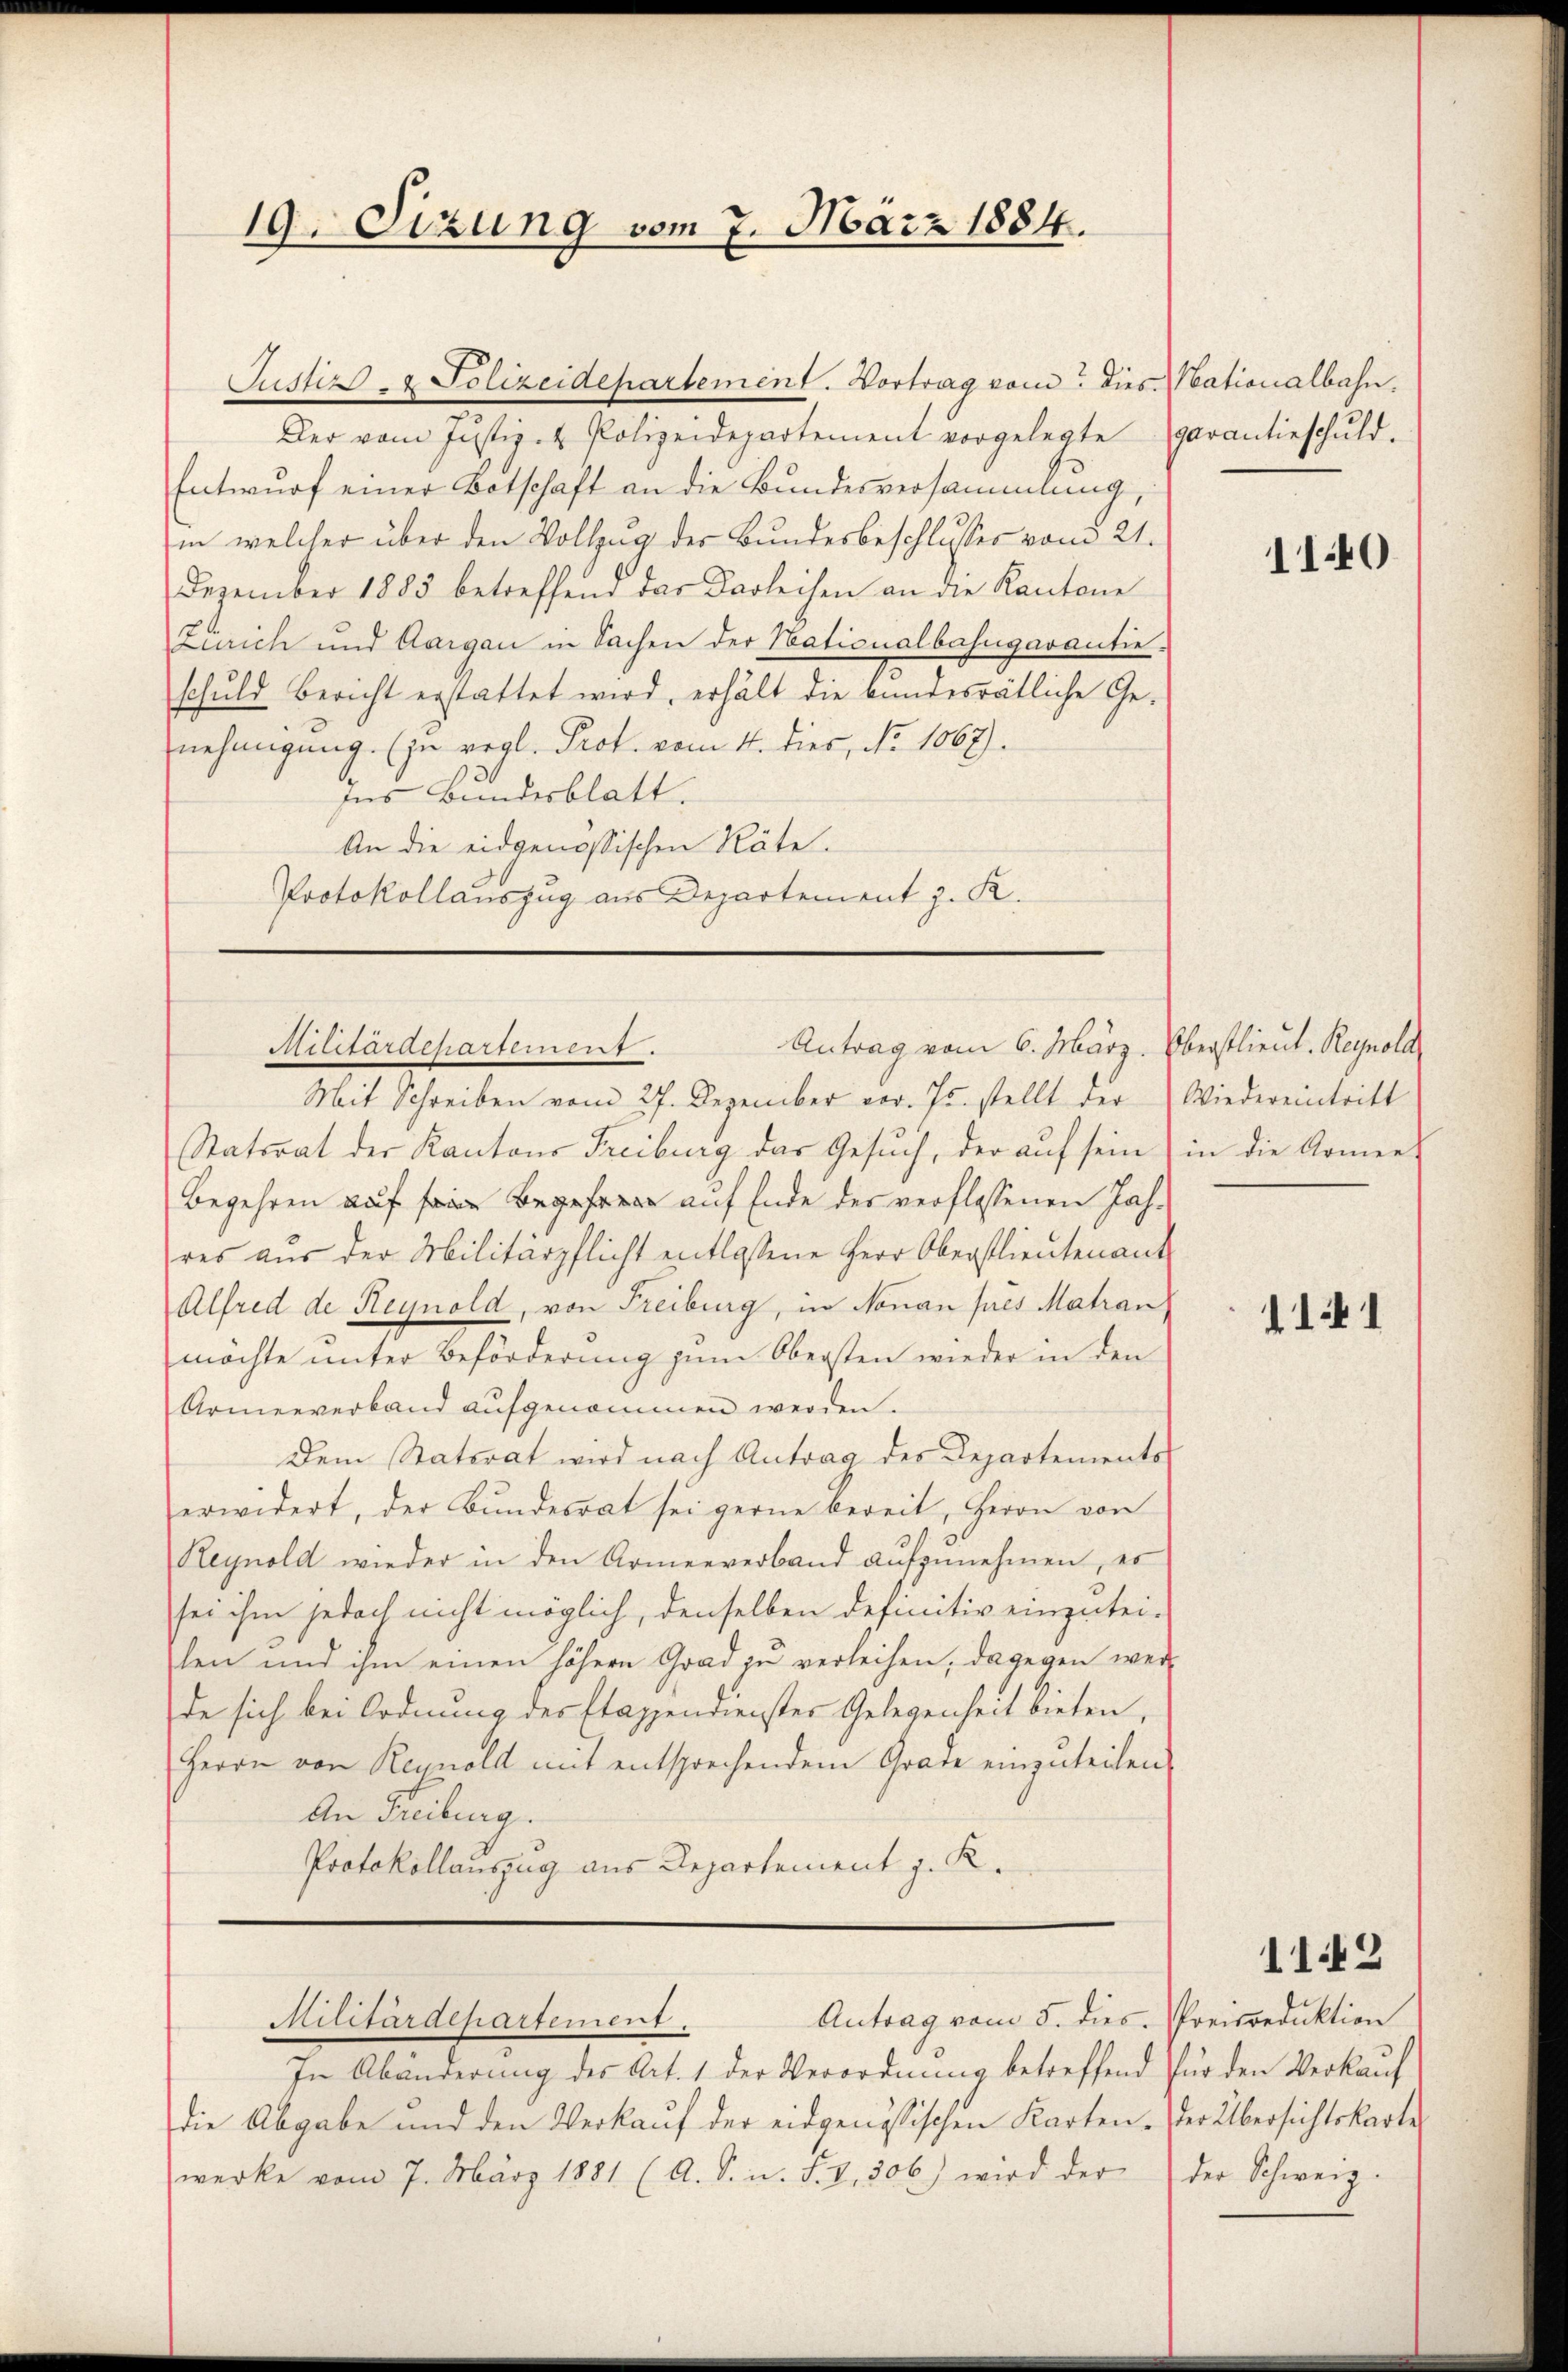
19. Sitzung vom 7. März 1884.

Justiz- & Polizeidepartement. Vortrag vom Dies Nationalbahn,
Der vom Justiz- & Polizeidepartement vorgelegte
Entwurf einer Botschaft an die Bundesversammlung,
in welcher über den Vollzug der Bundesbeschlusses vom 21.
Dezember 1883 betreffend das Darleihen an die Kantone
Zürich und Aargau in Sachen der Nationalbahngavantieschuld bericht erstattet wird, erhält die bundesrätliche Genehmigung. (zu vergl. Prof. vom 4. dies, No 1067).
30
Ins Bundesblatt.
An die eidgenössischen Räte.
Protokollauszug aus Departement z. K.

Mit Schreiben vom 27. Dezember vor. Js. stellt der Wiedereintritt
Statorat der Kantons Freiburg das Gesuch, der auf sein in die Armens
Begehren auf sie auf Ende des verflossenen Jahres aus der Militärpflicht entlassene Herr Oberstlieutenant
Alfred de Heynold, von Freiburg, in Nonan pres Matran
möchte unter Beförderung zum Obersten wieder in den
Armenverband aŭfgenommen werden.
Dem Staterat wird nach Antrag des Departements
erwidert, der Bundesrat sei gerne bereit, Herrn von
Reynold wieder in den Armenverband aufzunehmen, es
sei ihm jedoch nicht möglich, denselben definitiv einzutei-
len und ihm einen höhern Grad zu verleihen, dagegen wer-
de sich bei Ordnung des Etappendienster Gelegenheit bieten,
Herrn von Reynold mit entsprechendem Grade einzuteilen,
An Freiburg.
Protokollauszug aus Departement J. K.

Antrag vom 6. März. Oberstlieut. Reynold
Militärdepartement.

Antrag vom 5. dies
Militärdepartement.

In Abänderung des Art. 1 der Verordnung betreffend für den Verkauf
die Abgabe und den Verkaŭf der eidgenössischen Karten. Der Übersichtskarte
werke vom 7. März 1881 (A. S. n. F. V. 306) wird der

garantieschuld.

1140

1141

1142
Preisredaktion
der Schweiz.